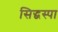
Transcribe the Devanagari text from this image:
सिद्धस्पा